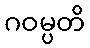
ဂဝမ္ပတိ